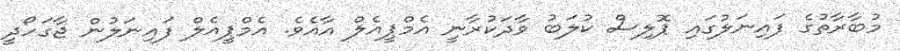
މުބާރާތުގެ ފައިނަލުގައި ޕޮލިސް ކުލަބު ވާދަކުރާނީ އެމްޕީއެލް އާއެވެ. އެމްޕީއެލް ފައިނަލުން ޖާގަހޯދީ